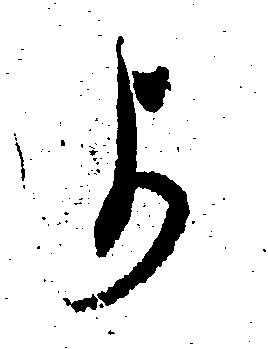
よ